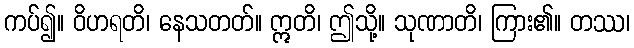
ကပ်၍။ ဝိဟရတိ၊ နေသတတ်။ ဣတိ၊ ဤသို့။ သုဏာတိ၊ ကြား၏။ တဿ၊